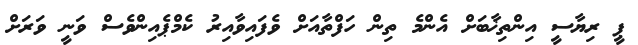
ޕީ ރިޔާސީ އިންތިޚާބަށް އެންމެ ތިން ހަފްތާއަށް ވެފައިވާއިރު ކެމްޕެއިންވެސް ވަނީ ވަރަށް